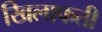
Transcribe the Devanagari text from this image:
खिलाफती